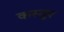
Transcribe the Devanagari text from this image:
कस्तुर